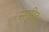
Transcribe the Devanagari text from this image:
सगृहितृ